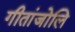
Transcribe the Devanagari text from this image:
गीतांजोलि